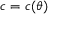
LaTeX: c = c ( { \theta } )